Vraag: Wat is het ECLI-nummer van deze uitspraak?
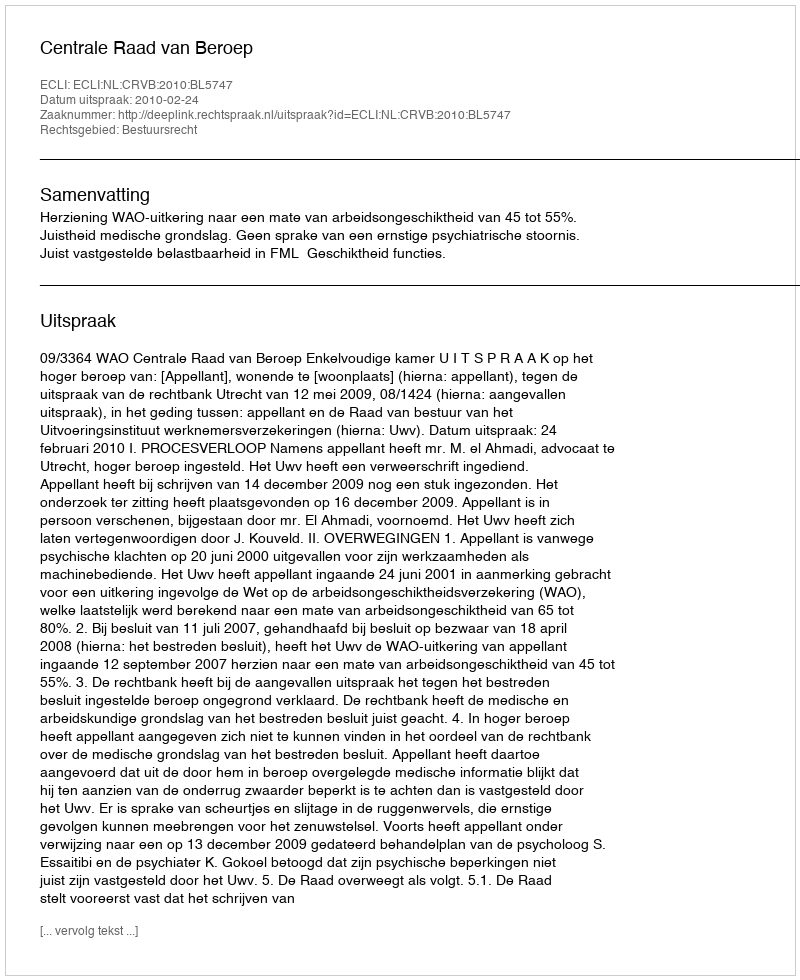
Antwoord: ECLI:NL:CRVB:2010:BL5747